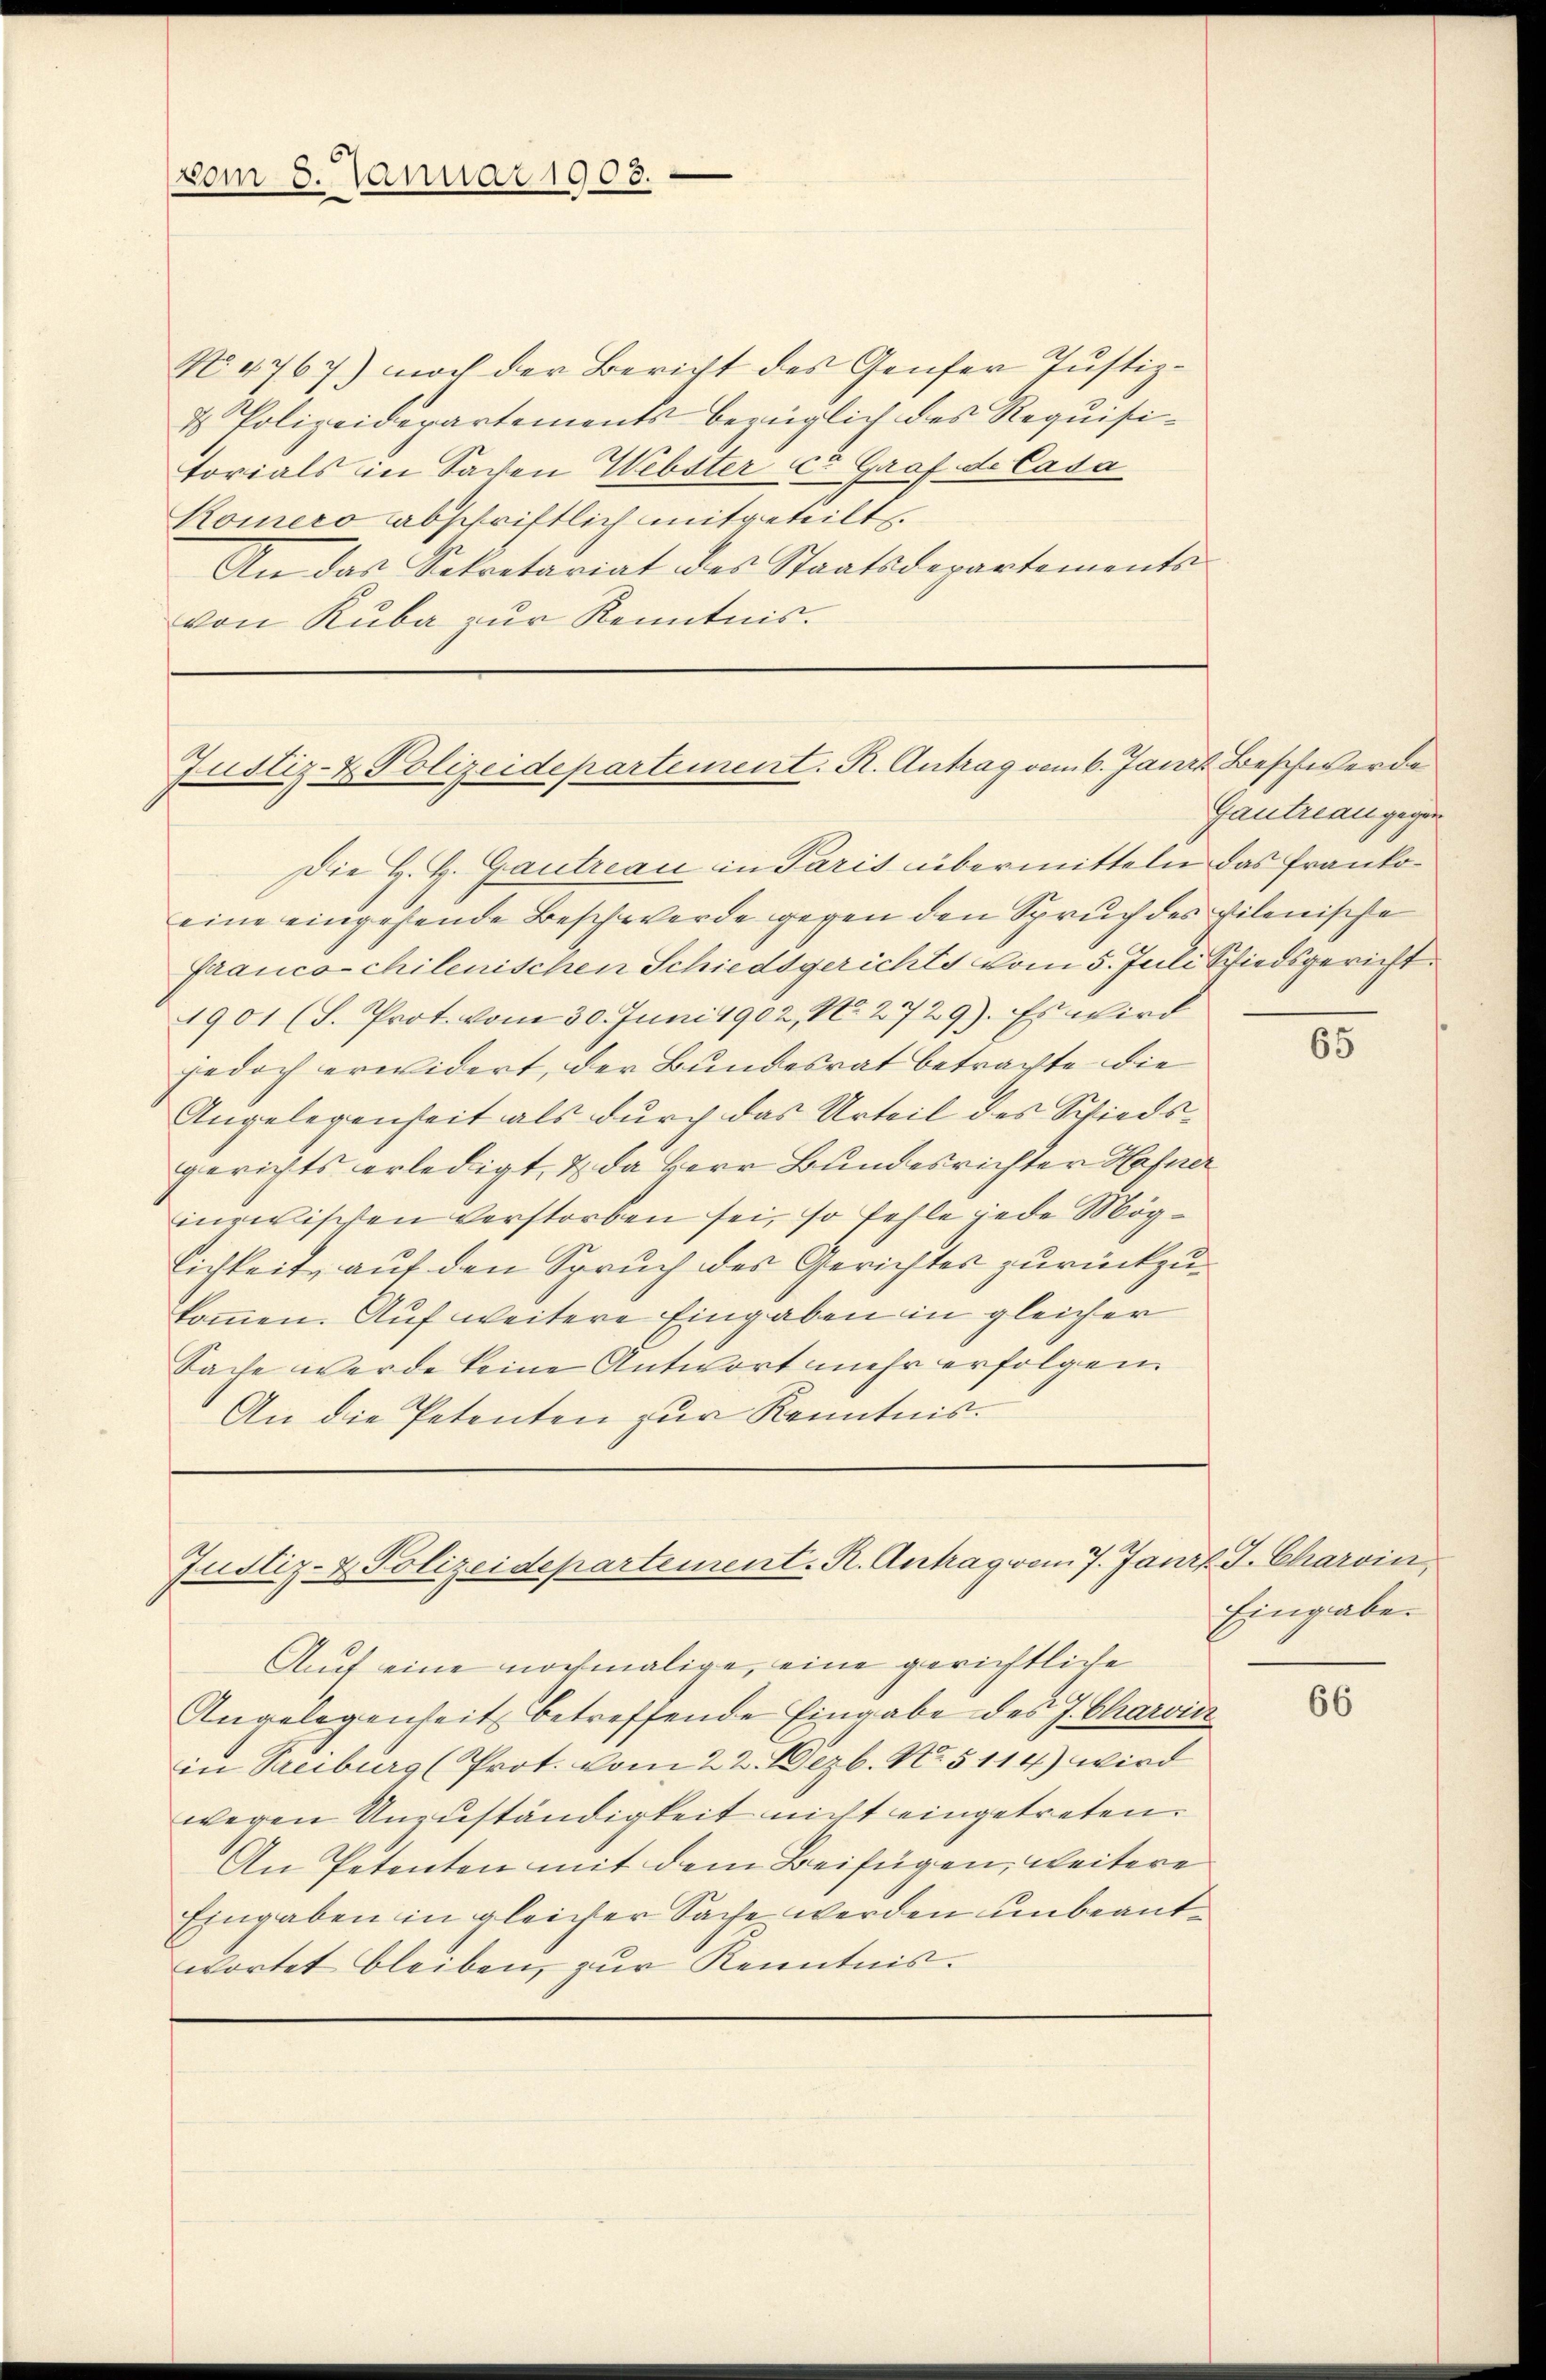
vom 5. Januar 1908.

No. 4767) noch der Bericht des Genfer Justiz-
& Polizeidepartements bezüglich des Requisitorials in Sachen Webster u. Graf de Cada
Komero abschriftlich mitgeteilt.
An das Sekretariat des Staatsdepartements-
von Ruba zur Kenntnis.

Justiz- & Polizeidepartement. R. Antrag vom 6. Janis Beschwerde

Die H. H. Gautreau in Paris übermitteln das Frankoeine eingehende Beschwerde gegen den Spruch des vilenische
franco-chilenischen Schiedsgerichts vom 5. Juli Schiedsgericht.
1901 (S. Prot. vom 30. Juni 1902, No. 2729). Es wird
jedoch erwidert, der Bundesrat betrachte die
Angelegenheit als durch das Urteil des Schiedsgerichts erledigt, & da Herr Bundesrichter Hafner
inredlischen verstorben sei, so fehle jede Möglichkeit, auf den Spruch des Gerichtes zurückzukommen. Auf weitere Eingaben in gleicher
Sache werde keine Antwort mehr erfolgen
An die Petenten zur Kenntnis.

Justiz- & Polizeidepartement. R. Antrag vom 7. Janr. J. Charvin,

Gautreau gegen

Auf eine nochmalige, eine gerichtliche
Angelegenheit betreffende Eingabe des J. Charvin
in Treiburg (Prot. vom 22. Dezb. No. 5114) wird
wegen Unzuständigkeit nicht eingetreten.
An Petenten mit dem Beifügen, weitere
Eingaben in gleicher Sache werden unbeantwortet bleiben, zur Kenntnis.

65

Eingabe.

66